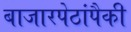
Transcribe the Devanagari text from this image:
बाजारपेठांपैकी